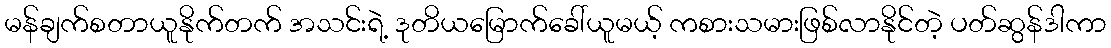
မန်ချက်စတာယူနိုက်တက် အသင်းရဲ့ ဒုတိယမြောက်ခေါ်ယူမယ့် ကစားသမားဖြစ်လာနိုင်တဲ့ ပတ်ဆွန်ဒါကာ